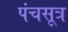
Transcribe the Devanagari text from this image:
पंचसूत्र